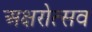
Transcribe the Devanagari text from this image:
अक्षरोत्सव